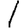
Digit: 1